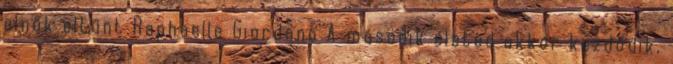
elnök eltűnt Raphaelle Giordano A második életed akkor kezdődik,